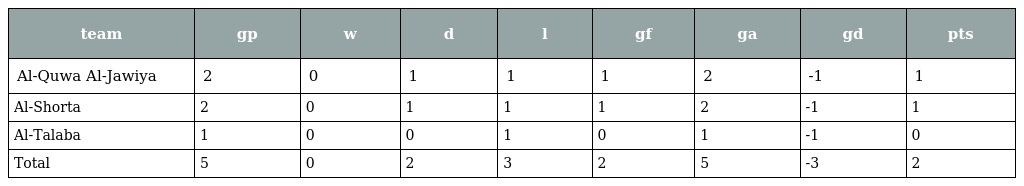
| team | gp | w | d | l | gf | ga | gd | pts |
 | --- | --- | --- | --- | --- | --- | --- | --- | --- |
 | Al-Quwa Al-Jawiya | 2 | 0 | 1 | 1 | 1 | 2 | -1 | 1 |
 | Al-Shorta | 2 | 0 | 1 | 1 | 1 | 2 | -1 | 1 |
 | Al-Talaba | 1 | 0 | 0 | 1 | 0 | 1 | -1 | 0 |
 | Total | 5 | 0 | 2 | 3 | 2 | 5 | -3 | 2 |